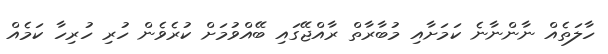
ހާލަތެއް ނާންނާނެ ކަމަށާއި މުބާރާތް ރާއްޖޭގައި ބޭއްވުމަށް ކުރެވެން ހުރި ހުރިހާ ކަމެއް